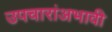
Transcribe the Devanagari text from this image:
उपचारांअभावी